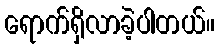
ရောက်ရှိလာခဲ့ပါတယ်။